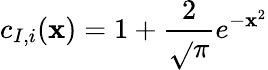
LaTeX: c_{I,i}(\mathbf{x})=1+\frac{{2}}{{\sqrt{}{{\pi}}}}e^{-\mathbf{x}^{2}}